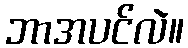
ဘာအပင်လဲ။